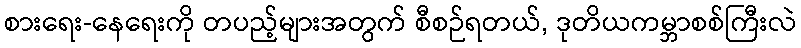
စားရေး-နေရေးကို တပည့်များအတွက် စီစဉ်ရတယ်, ဒုတိယကမ္ဘာစစ်ကြီးလဲ